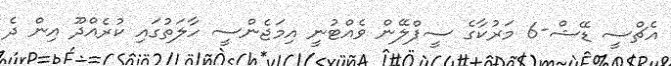
އެޗްސީ ޑޭޝް-6 މަރުކާގެ ސީޕްލޭން ވެއްޓުނީ އިމަޖެންސީ ހާލަތުގައި ކުރެއްދޫ އިން ދެ